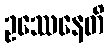
ဥဿေနေတိ